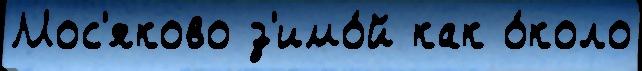
Мос'яково з'имо́й как о́коло